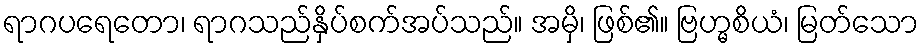
ရာဂပရေတော၊ ရာဂသည်နှိပ်စက်အပ်သည်။ အမှိ၊ ဖြစ်၏။ ဗြဟ္မစိယံ၊ မြတ်သော